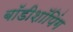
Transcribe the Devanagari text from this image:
बॉडीशॉपिंग